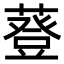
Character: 䔲